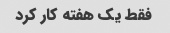
فقط یک هفته کار کرد